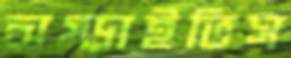
চাপ্‌ড়াইতিস